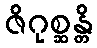
ဇိဂုစ္ဆန္တိ